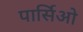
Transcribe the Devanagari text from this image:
पार्सिओ